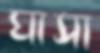
ঘাসা